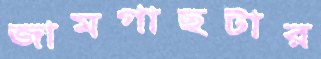
জামগাছটার